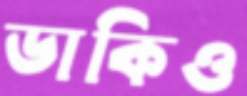
ডাকিও